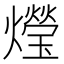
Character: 𤑚